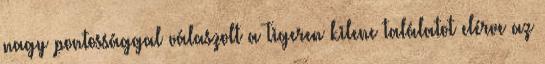
nagy pontossággal válaszolt a Tigeren kilenc találatot elérve az